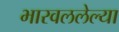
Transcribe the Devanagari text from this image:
भारवललेल्या